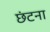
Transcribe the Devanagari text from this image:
छंटना